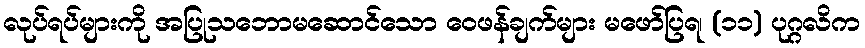
လုပ်ရပ်များကို အပြုသဘောမဆောင်သော ဝေဖန်ချက်များ မဖော်ပြရ၊ (၁၁) ပုဂ္ဂလိက